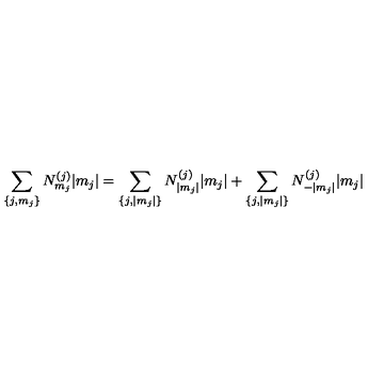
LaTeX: \sum _ { \{ j , m _ { j } \} } N _ { m _ { j } } ^ { ( j ) } | m _ { j } | = \sum _ { \{ j , | m _ { j } | \} } N _ { | m _ { j } | } ^ { ( j ) } | m _ { j } | + \sum _ { \{ j , | m _ { j } | \} } N _ { - | m _ { j } | } ^ { ( j ) } | m _ { j } |